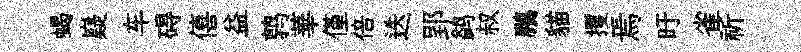
蝎嶷车碍僖益鹑華僅倍迭郢鹢叔鵬貓攫焉旴雀祈